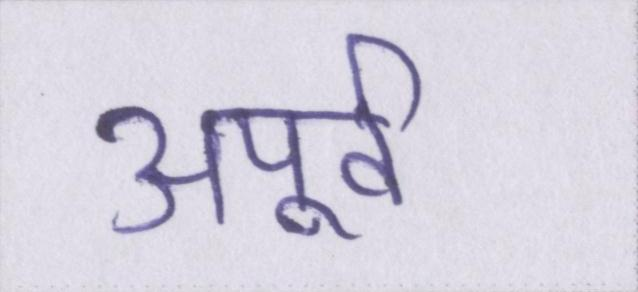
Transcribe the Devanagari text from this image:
अपूर्व